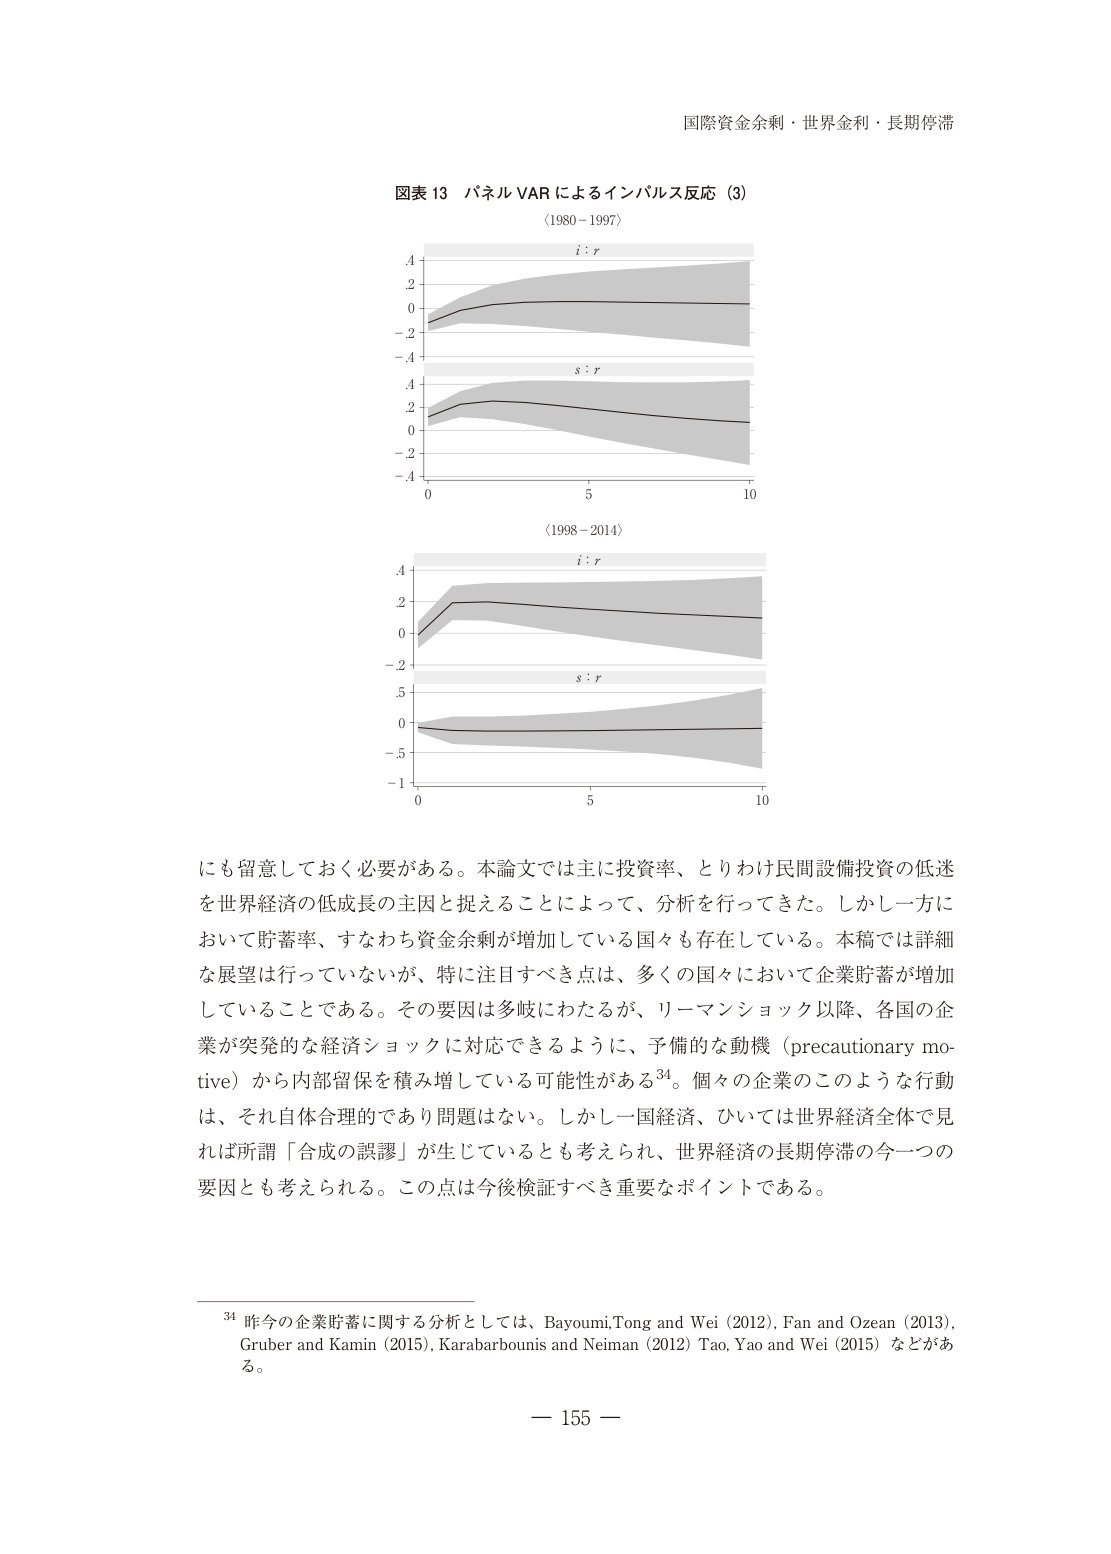
国際資金余剰・世界金利・長期停滞

図表13 パネルVARによるインパルス反応（3）
（1980－1997）
i : r
s : r
（1998－2014）
i : r
s : r

にも留意しておく必要がある。本論文では主に投資率、とりわけ民間設備投資の低迷
を世界経済の低成長の主因と捉えることによって、分析を行ってきた。しかし一方に
おいて貯蓄率、すなわち資金余剰が増加している国々も存在している。本稿では詳細
な展望は行っていないが、特に注目すべき点は、多くの国々において企業貯蓄が増加
していることである。その要因は多岐にわたるが、リーマンショック以降、各国の企
業が突発的な経済ショックに対応できるように、予備的な動機（precautionary mo-
tive）から内部留保を積み増している可能性がある34。個々の企業のこのような行動
は、それ自体合理的であり問題はない。しかし一国経済、ひいては世界経済全体で見
れば所謂「合成の誤謬」が生じているとも考えられ、世界経済の長期停滞の今一つの
要因とも考えられる。この点は今後検証すべき重要なポイントである。

34 昨今の企業貯蓄に関する分析としては、Bayoumi,Tong and Wei (2012), Fan and Ozean (2013),
Gruber and Kamin (2015), Karabarbounis and Neiman (2012) Tao, Yao and Wei (2015) などがあ
る。

－ 155 －